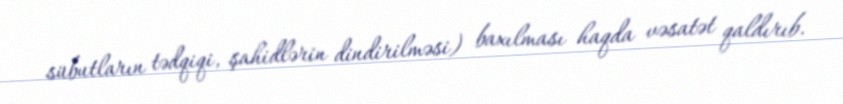
sübutların tədqiqi, şahidlərin dindirilməsi) baxılması haqda vəsatət qaldırıb.